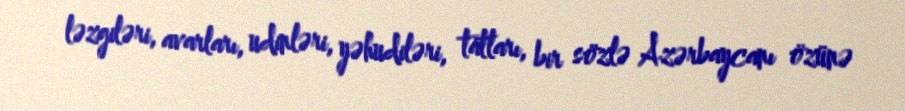
ləzgiləri, avarları, udinləri, yəhudiləri, tatları, bir sözlə Azərbaycanı özünə